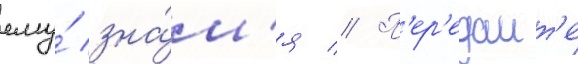
ему́ зна́м'я // П'ер'едаит'е